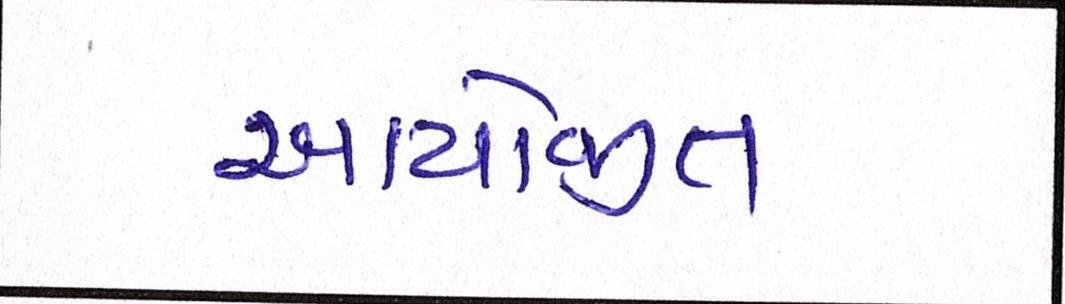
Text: આયોજીત